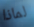
لماذا